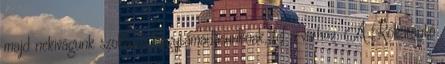
majd nekivágunk szokásos hegytámadásunknak, fel a várhoz. A Rókarántó